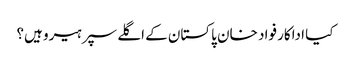
کیا اداکار فواد خان پاکستان کے اگلے سپر ہیرو ہیں؟